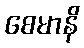
စေမာနိ